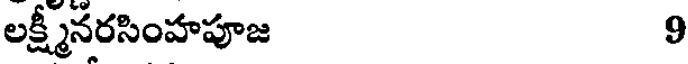
లక్ష్మీనరసింహపూజ 9